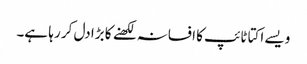
ویسے اکتا ٹائپ کا افسانہ لکھنے کا بڑا دل کر رہا ہے۔